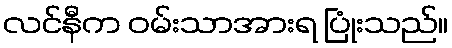
လင်နီက ဝမ်းသာအားရ ပြုံးသည်။